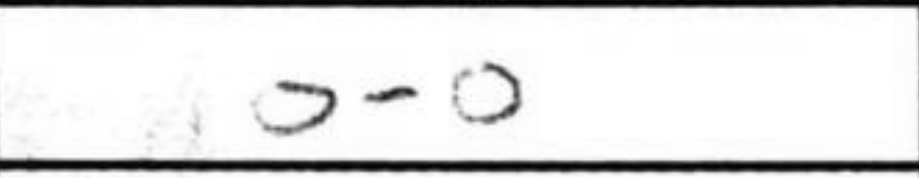
Transcription: O-O